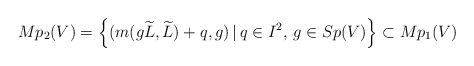
\begin{align*} Mp_2(V)=\left\{(m(g\widetilde{L},\widetilde{L})+q,g)\, |\, q\in I^2,\, g\in Sp(V)\right\}\subset Mp_1(V)\end{align*}